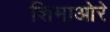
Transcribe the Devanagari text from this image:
शिमाओरे